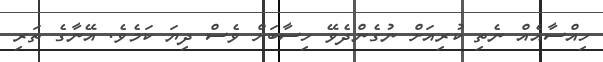
ހިއްސާއެއް ނެތި ކުރިއަށް ނުގެންދެވޭ ހިސާބަށް ވެސް ދިޔަ ކަމެވެ. އޭނާގެ ތަރި